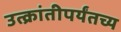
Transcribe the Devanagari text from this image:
उत्क्रांतीपर्यंतच्य